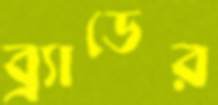
ব্র্যাডের